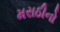
મરાઠીનો